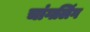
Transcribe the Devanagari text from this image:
चांगलिंग